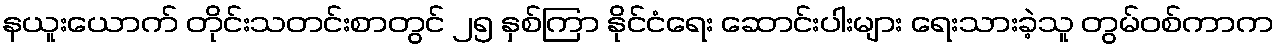
နယူးယောက် တိုင်းသတင်းစာတွင် ၂၅ နှစ်ကြာ နိုင်ငံရေး ဆောင်းပါးများ ရေးသားခဲ့သူ တွမ်ဝစ်ကာက